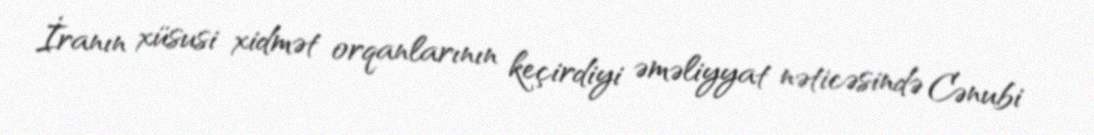
İranın xüsusi xidmət orqanlarının keçirdiyi əməliyyat nəticəsində Cənubi